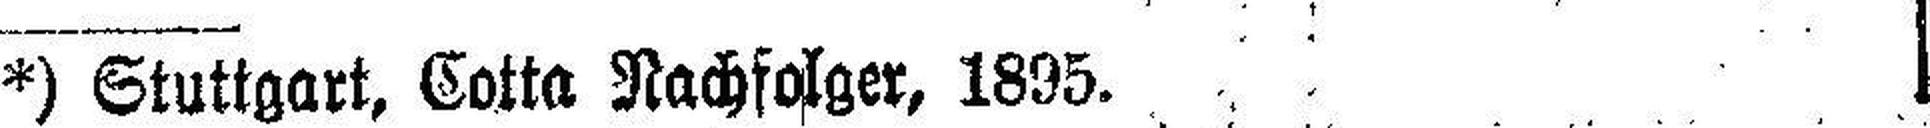
*) Stuttgart, Cotta Nachfolger, 1895.